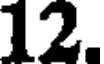
12.